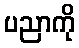
ပညာကို